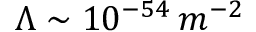
\Lambda \sim 1 0 ^ { - 5 4 } \, m ^ { - 2 }